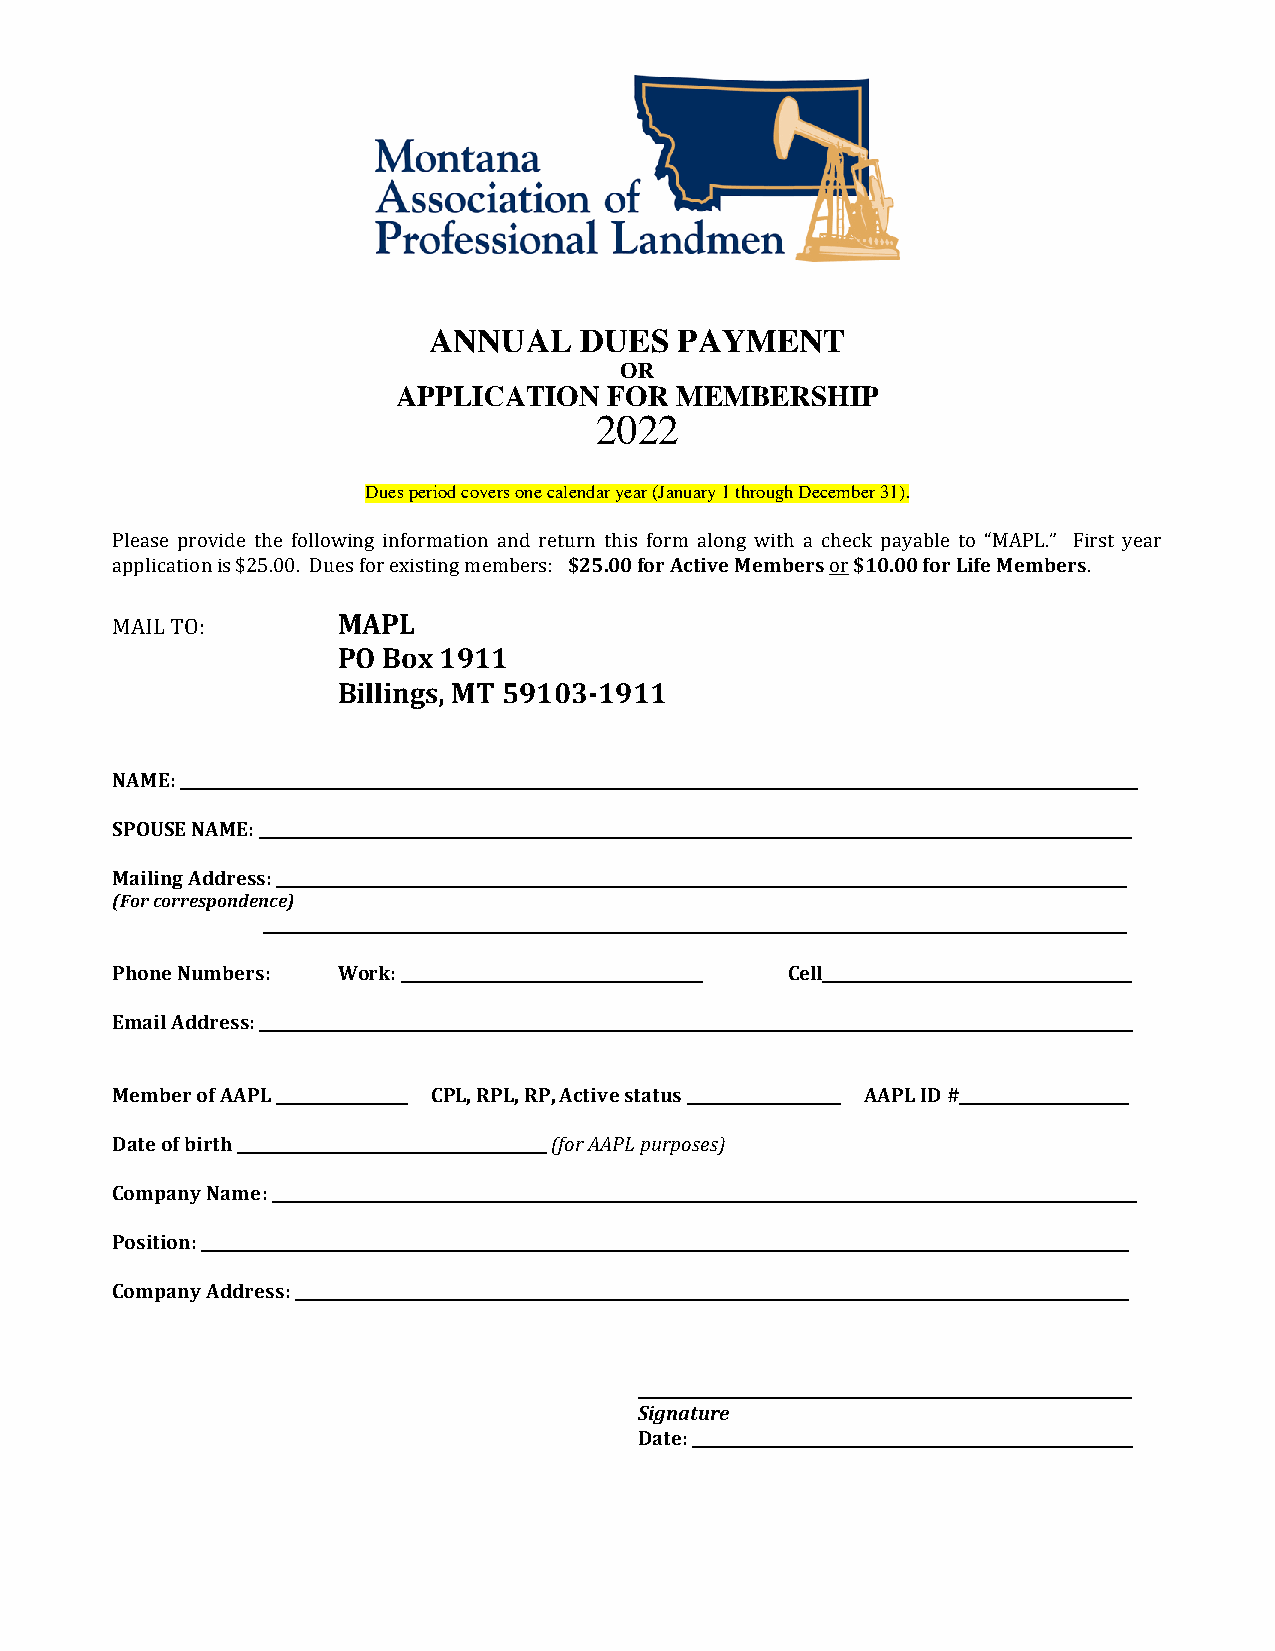
ANNUAL    DUES   PAYMENT
 OR
 APPLICATION   FOR  MEMBERSHIP
 2022
 Dues period covers one calendar year (January 1 through December 31).
 Please provide the following information and return this form along with a check payable to “MAPL.” First year
 application is $25.00. Dues for existing members: $25.00 for Active Members or $10.00 for Life Members.
 MAIL TO:       MAPL
 PO Box 1911
 Billings, MT 59103-1911
 NAME: ____________________________________________________________________________________________________________________________
 SPOUSE NAME: _________________________________________________________________________________________________________________
 Mailing Address: ______________________________________________________________________________________________________________
 (For correspondence)
 ________________________________________________________________________________________________________________
 Phone Numbers: Work: _______________________________________ Cell________________________________________
 Email Address: _________________________________________________________________________________________________________________
 Member of AAPL _________________ CPL, RPL, RP, Active status ____________________ AAPL ID #______________________
 Date of birth ________________________________________ (for AAPL purposes)
 Company Name: ________________________________________________________________________________________________________________
 Position: ________________________________________________________________________________________________________________________
 Company Address: ____________________________________________________________________________________________________________
 ________________________________________________________________
 Signature
 Date: _________________________________________________________